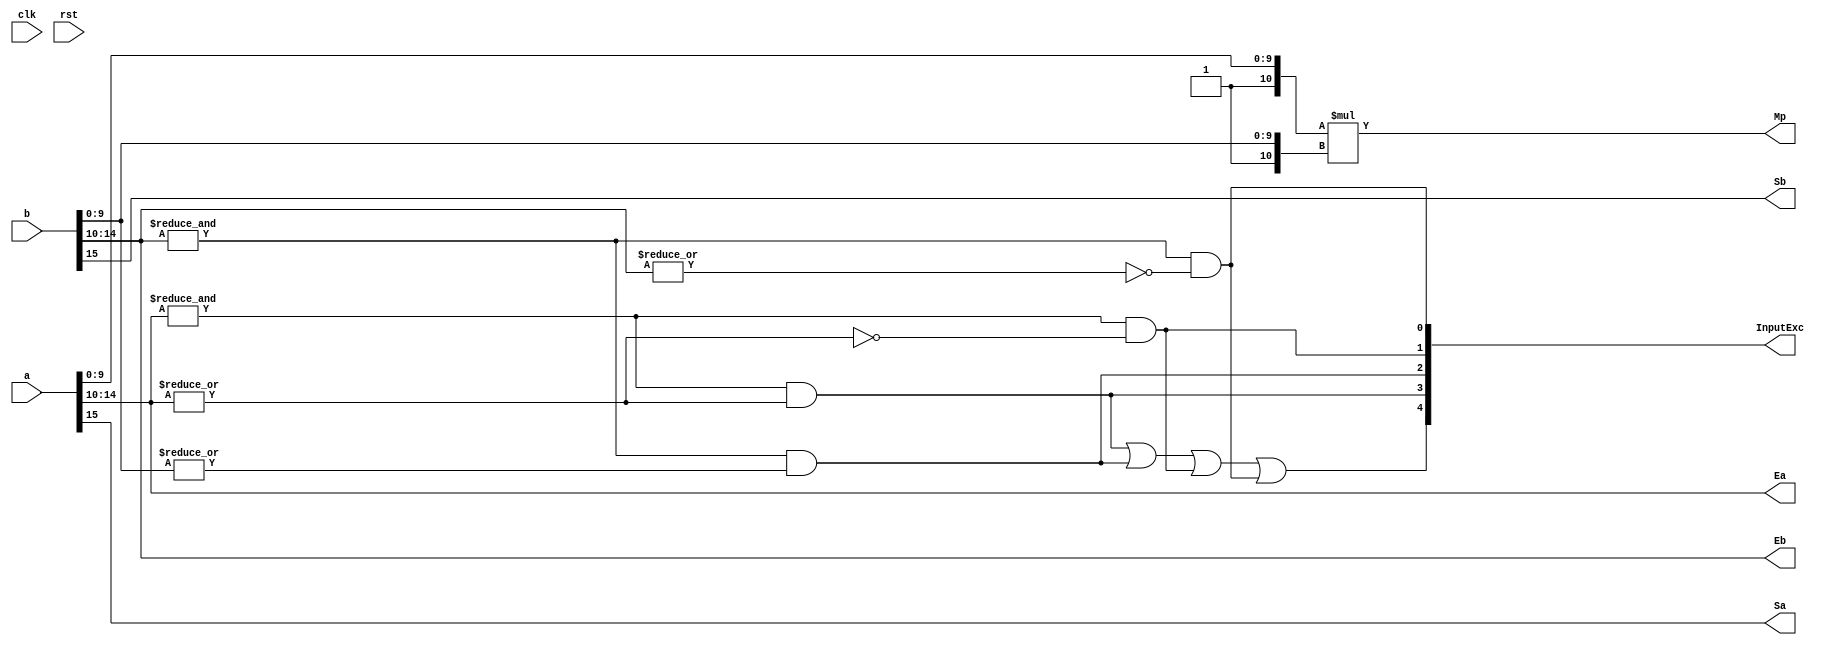
`define BFLOAT16 
`define EXPONENT 8
`define MANTISSA 7
`define EXPONENT 5
`define MANTISSA 10
`define SIGN 1
`define DWIDTH (`SIGN+`EXPONENT+`MANTISSA)
`define AWIDTH 8
`define MEM_SIZE 256
`define MAT_MUL_SIZE 20
`define MASK_WIDTH 20
`define LOG2_MAT_MUL_SIZE 4 
`define BB_MAT_MUL_SIZE `MAT_MUL_SIZE
`define NUM_CYCLES_IN_MAC 3
`define MEM_ACCESS_LATENCY 1
`define ADDR_STRIDE_WIDTH 8

module FPMult_PrepModule (
		clk,
		rst,
		a,
		b,
		Sa,
		Sb,
		Ea,
		Eb,
		Mp,
		InputExc
	);
	
	// Input ports
	input clk ;
	input rst ;
	input [`DWIDTH-1:0] a ;								// Input A, a 32-bit floating point number
	input [`DWIDTH-1:0] b ;								// Input B, a 32-bit floating point number
	
	// Output ports
	output Sa ;										// A's sign
	output Sb ;										// B's sign
	output [`EXPONENT-1:0] Ea ;								// A's exponent
	output [`EXPONENT-1:0] Eb ;								// B's exponent
	output [2*`MANTISSA+1:0] Mp ;							// Mantissa product
	output [4:0] InputExc ;						// Input numbers are exceptions
	
	// Internal signals							// If signal is high...
	wire ANaN ;										// A is a signalling NaN
	wire BNaN ;										// B is a signalling NaN
	wire AInf ;										// A is infinity
	wire BInf ;										// B is infinity
    wire [`MANTISSA-1:0] Ma;
    wire [`MANTISSA-1:0] Mb;
	
	assign ANaN = &(a[`DWIDTH-2:`MANTISSA]) &  |(a[`DWIDTH-2:`MANTISSA]) ;			// All one exponent and not all zero mantissa - NaN
	assign BNaN = &(b[`DWIDTH-2:`MANTISSA]) &  |(b[`MANTISSA-1:0]);			// All one exponent and not all zero mantissa - NaN
	assign AInf = &(a[`DWIDTH-2:`MANTISSA]) & ~|(a[`DWIDTH-2:`MANTISSA]) ;		// All one exponent and all zero mantissa - Infinity
	assign BInf = &(b[`DWIDTH-2:`MANTISSA]) & ~|(b[`DWIDTH-2:`MANTISSA]) ;		// All one exponent and all zero mantissa - Infinity
	
	// Check for any exceptions and put all flags into exception vector
	assign InputExc = {(ANaN | BNaN | AInf | BInf), ANaN, BNaN, AInf, BInf} ;
	//assign InputExc = {(ANaN | ANaN | BNaN |BNaN), ANaN, ANaN, BNaN,BNaN} ;
	
	// Take input numbers apart
	assign Sa = a[`DWIDTH-1] ;							// A's sign
	assign Sb = b[`DWIDTH-1] ;							// B's sign
	assign Ea = a[`DWIDTH-2:`MANTISSA];						// Store A's exponent in Ea, unless A is an exception
	assign Eb = b[`DWIDTH-2:`MANTISSA];						// Store B's exponent in Eb, unless B is an exception	
//    assign Ma = a[`MANTISSA_MSB:`MANTISSA_LSB];
  //  assign Mb = b[`MANTISSA_MSB:`MANTISSA_LSB];
	


	//assign Mp = ({4'b0001, a[`MANTISSA-1:0]}*{4'b0001, b[`MANTISSA-1:9]}) ;
	assign Mp = ({1'b1,a[`MANTISSA-1:0]}*{1'b1, b[`MANTISSA-1:0]}) ;

	
    //We multiply part of the mantissa here
    //Full mantissa of A
    //Bits MANTISSA_MUL_SPLIT_MSB:MANTISSA_MUL_SPLIT_LSB of B
   // wire [`ACTUAL_MANTISSA-1:0] inp_A;
   // wire [`ACTUAL_MANTISSA-1:0] inp_B;
   // assign inp_A = {1'b1, Ma};
   // assign inp_B = {{(`MANTISSA-(`MANTISSA_MUL_SPLIT_MSB-`MANTISSA_MUL_SPLIT_LSB+1)){1'b0}}, 1'b1, Mb[`MANTISSA_MUL_SPLIT_MSB:`MANTISSA_MUL_SPLIT_LSB]};
   // DW02_mult #(`ACTUAL_MANTISSA,`ACTUAL_MANTISSA) u_mult(.A(inp_A), .B(inp_B), .TC(1'b0), .PRODUCT(Mp));
endmodule